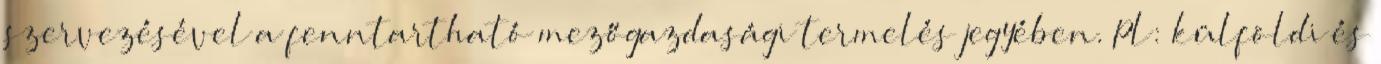
szervezésével a fenntartható mezőgazdasági termelés jegyében. Pl: külföldi és